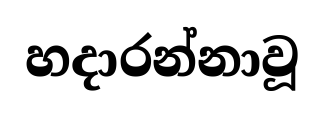
හදාරන්නාවූ